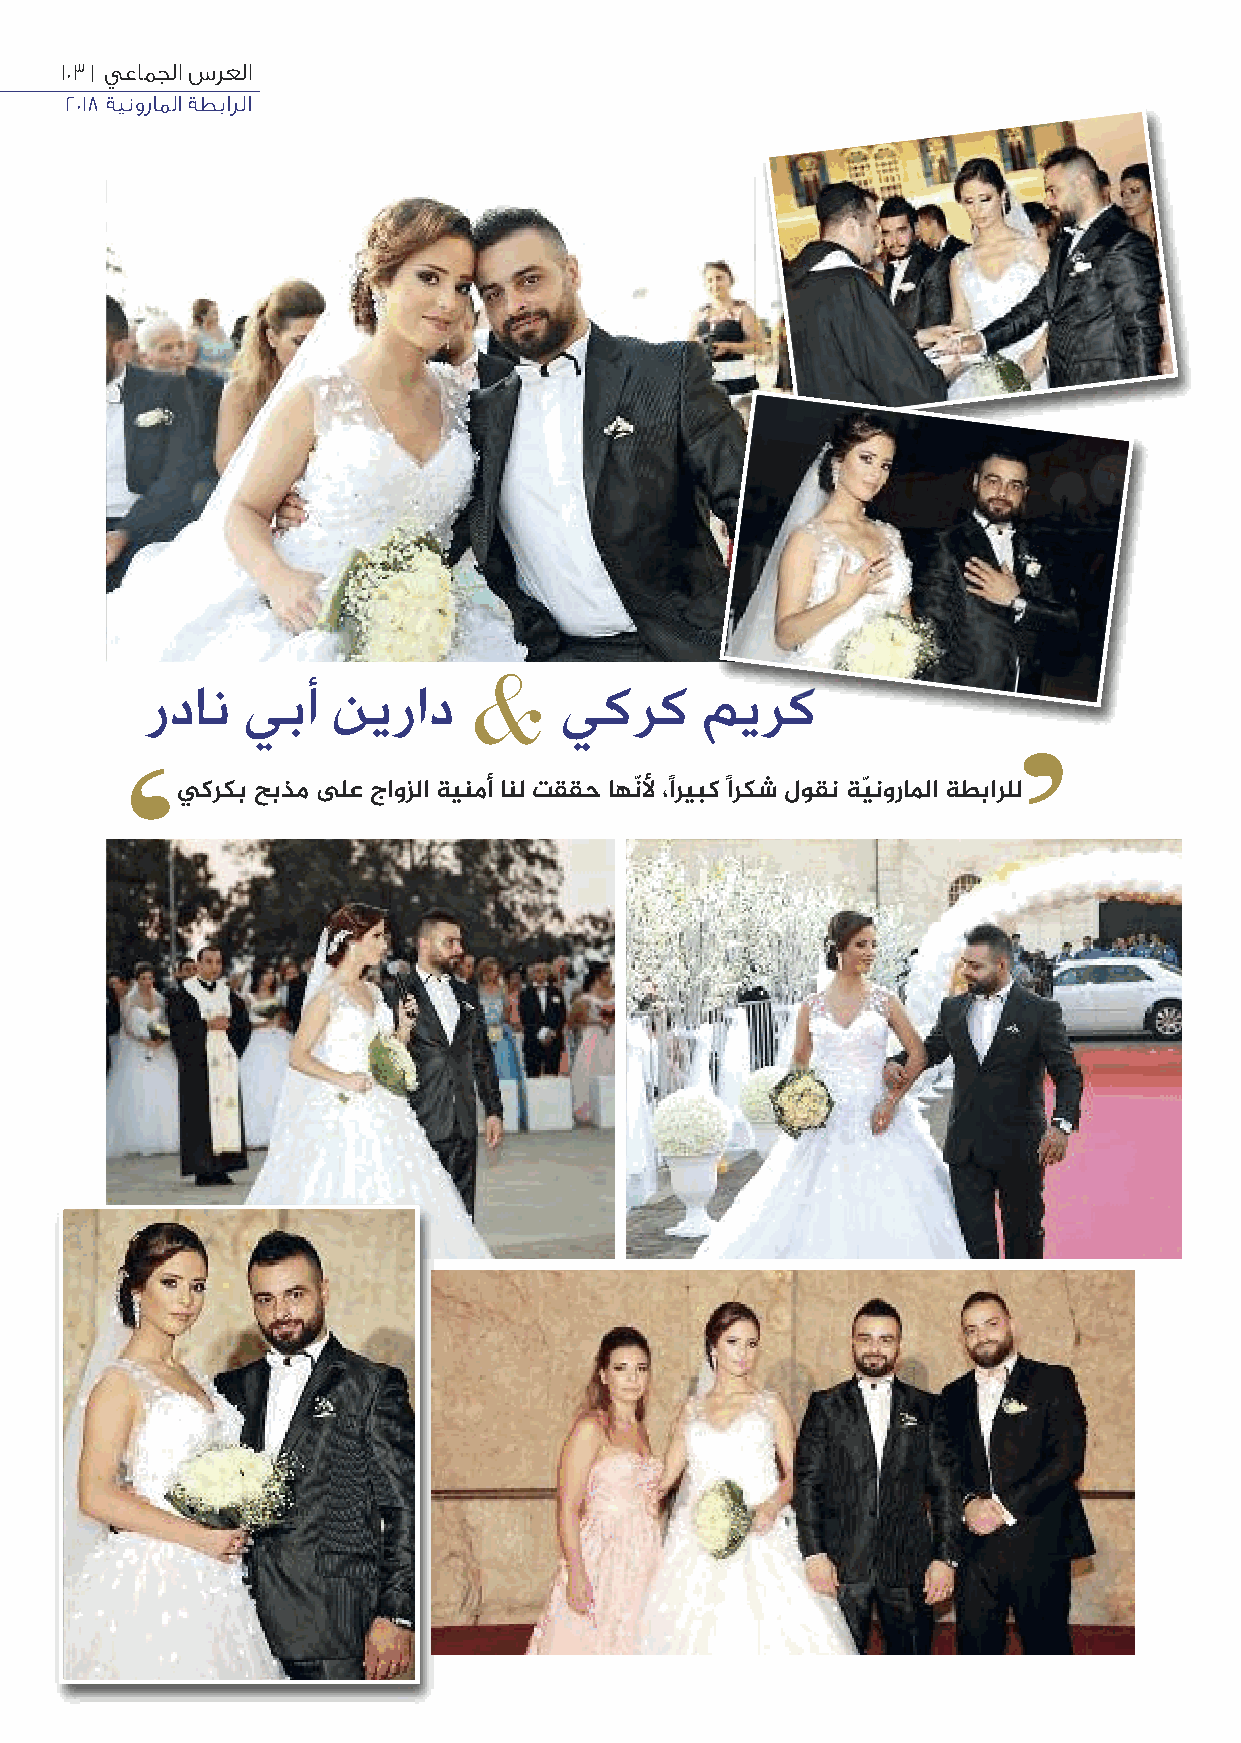
103 | يعامجلا سرعلا
 2018 ةينوراملا ةطبارلا
 &
 ردان  يبأ   نيراد          يكرك     ميرك
 ’
 ‘
 يكركب حبذم على جاوزلا ةينمأ انل تققح اهنّﻷ ،ًاريبك ًاركش لوقن ةيّنوراﳌا ةطبارلل